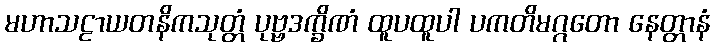
မဟာသဠာယတနိကသုတ္တံ ပုဗ္ဗဒက္ခိဏံ ထူပထူပါ ပကတိမဂ္ဂတော နေတ္တာနံ